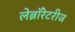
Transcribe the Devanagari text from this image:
लेब्रॉरेटरीज